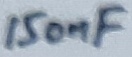
Text: 150nF